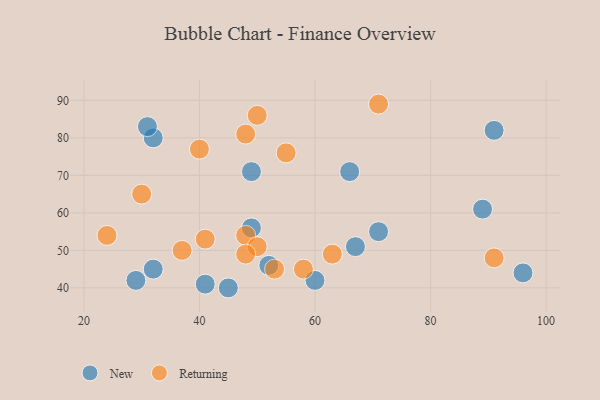
{"axis": {"x": "GDP", "y": "Life Expectancy"}, "legend": ["New", "Returning"], "data": [{"x": "91", "y": 82, "type": "New"}, {"x": "45", "y": 40, "type": "New"}, {"x": "29", "y": 42, "type": "New"}, {"x": "52", "y": 46, "type": "New"}, {"x": "32", "y": 45, "type": "New"}, {"x": "32", "y": 80, "type": "New"}, {"x": "66", "y": 71, "type": "New"}, {"x": "60", "y": 42, "type": "New"}, {"x": "71", "y": 55, "type": "New"}, {"x": "49", "y": 71, "type": "New"}, {"x": "67", "y": 51, "type": "New"}, {"x": "31", "y": 83, "type": "New"}, {"x": "41", "y": 41, "type": "New"}, {"x": "89", "y": 61, "type": "New"}, {"x": "49", "y": 56, "type": "New"}, {"x": "96", "y": 44, "type": "New"}, {"x": "50", "y": 86, "type": "Returning"}, {"x": "58", "y": 45, "type": "Returning"}, {"x": "55", "y": 76, "type": "Returning"}, {"x": "37", "y": 50, "type": "Returning"}, {"x": "48", "y": 54, "type": "Returning"}, {"x": "50", "y": 51, "type": "Returning"}, {"x": "63", "y": 49, "type": "Returning"}, {"x": "30", "y": 65, "type": "Returning"}, {"x": "40", "y": 77, "type": "Returning"}, {"x": "24", "y": 54, "type": "Returning"}, {"x": "48", "y": 81, "type": "Returning"}, {"x": "71", "y": 89, "type": "Returning"}, {"x": "41", "y": 53, "type": "Returning"}, {"x": "48", "y": 49, "type": "Returning"}, {"x": "91", "y": 48, "type": "Returning"}, {"x": "53", "y": 45, "type": "Returning"}]}